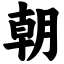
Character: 朝